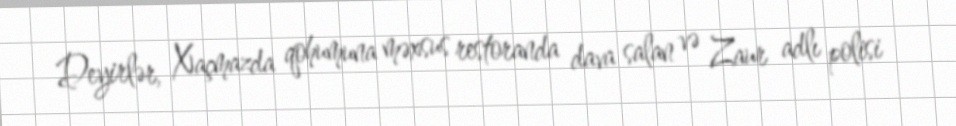
Deyirlər, Xaçmazda qohumuna məxsus restoranda dava salan və Zaur adlı polisi